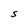
Character: S